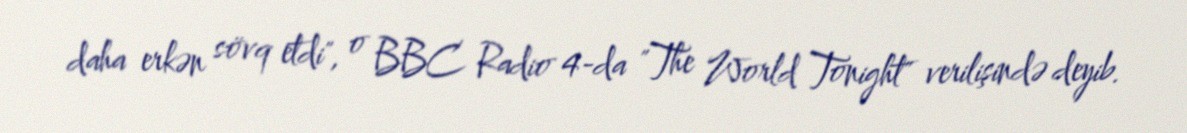
daha erkən sövq etdi", o BBC Radio 4-da "The World Tonight" verilişində deyib.